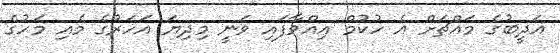
އަދީބުގެ މައްޗަށް އެ ހުކުމް އިއްވާފައި ވަނީ މިދިޔަ އަހަރުގެ މެއި މަހުގެ